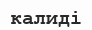
калиді